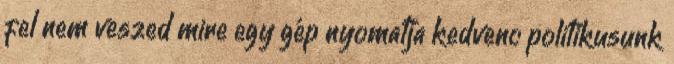
fel nem veszed mire egy gép nyomatja kedvenc politikusunk